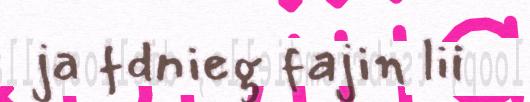
ja fdnieg fajin lii